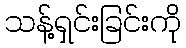
သန့်ရှင်းခြင်းကို